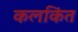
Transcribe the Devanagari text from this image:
कलकिंत